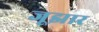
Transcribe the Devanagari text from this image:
जूझार